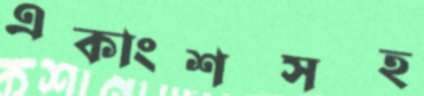
একাংশসহ